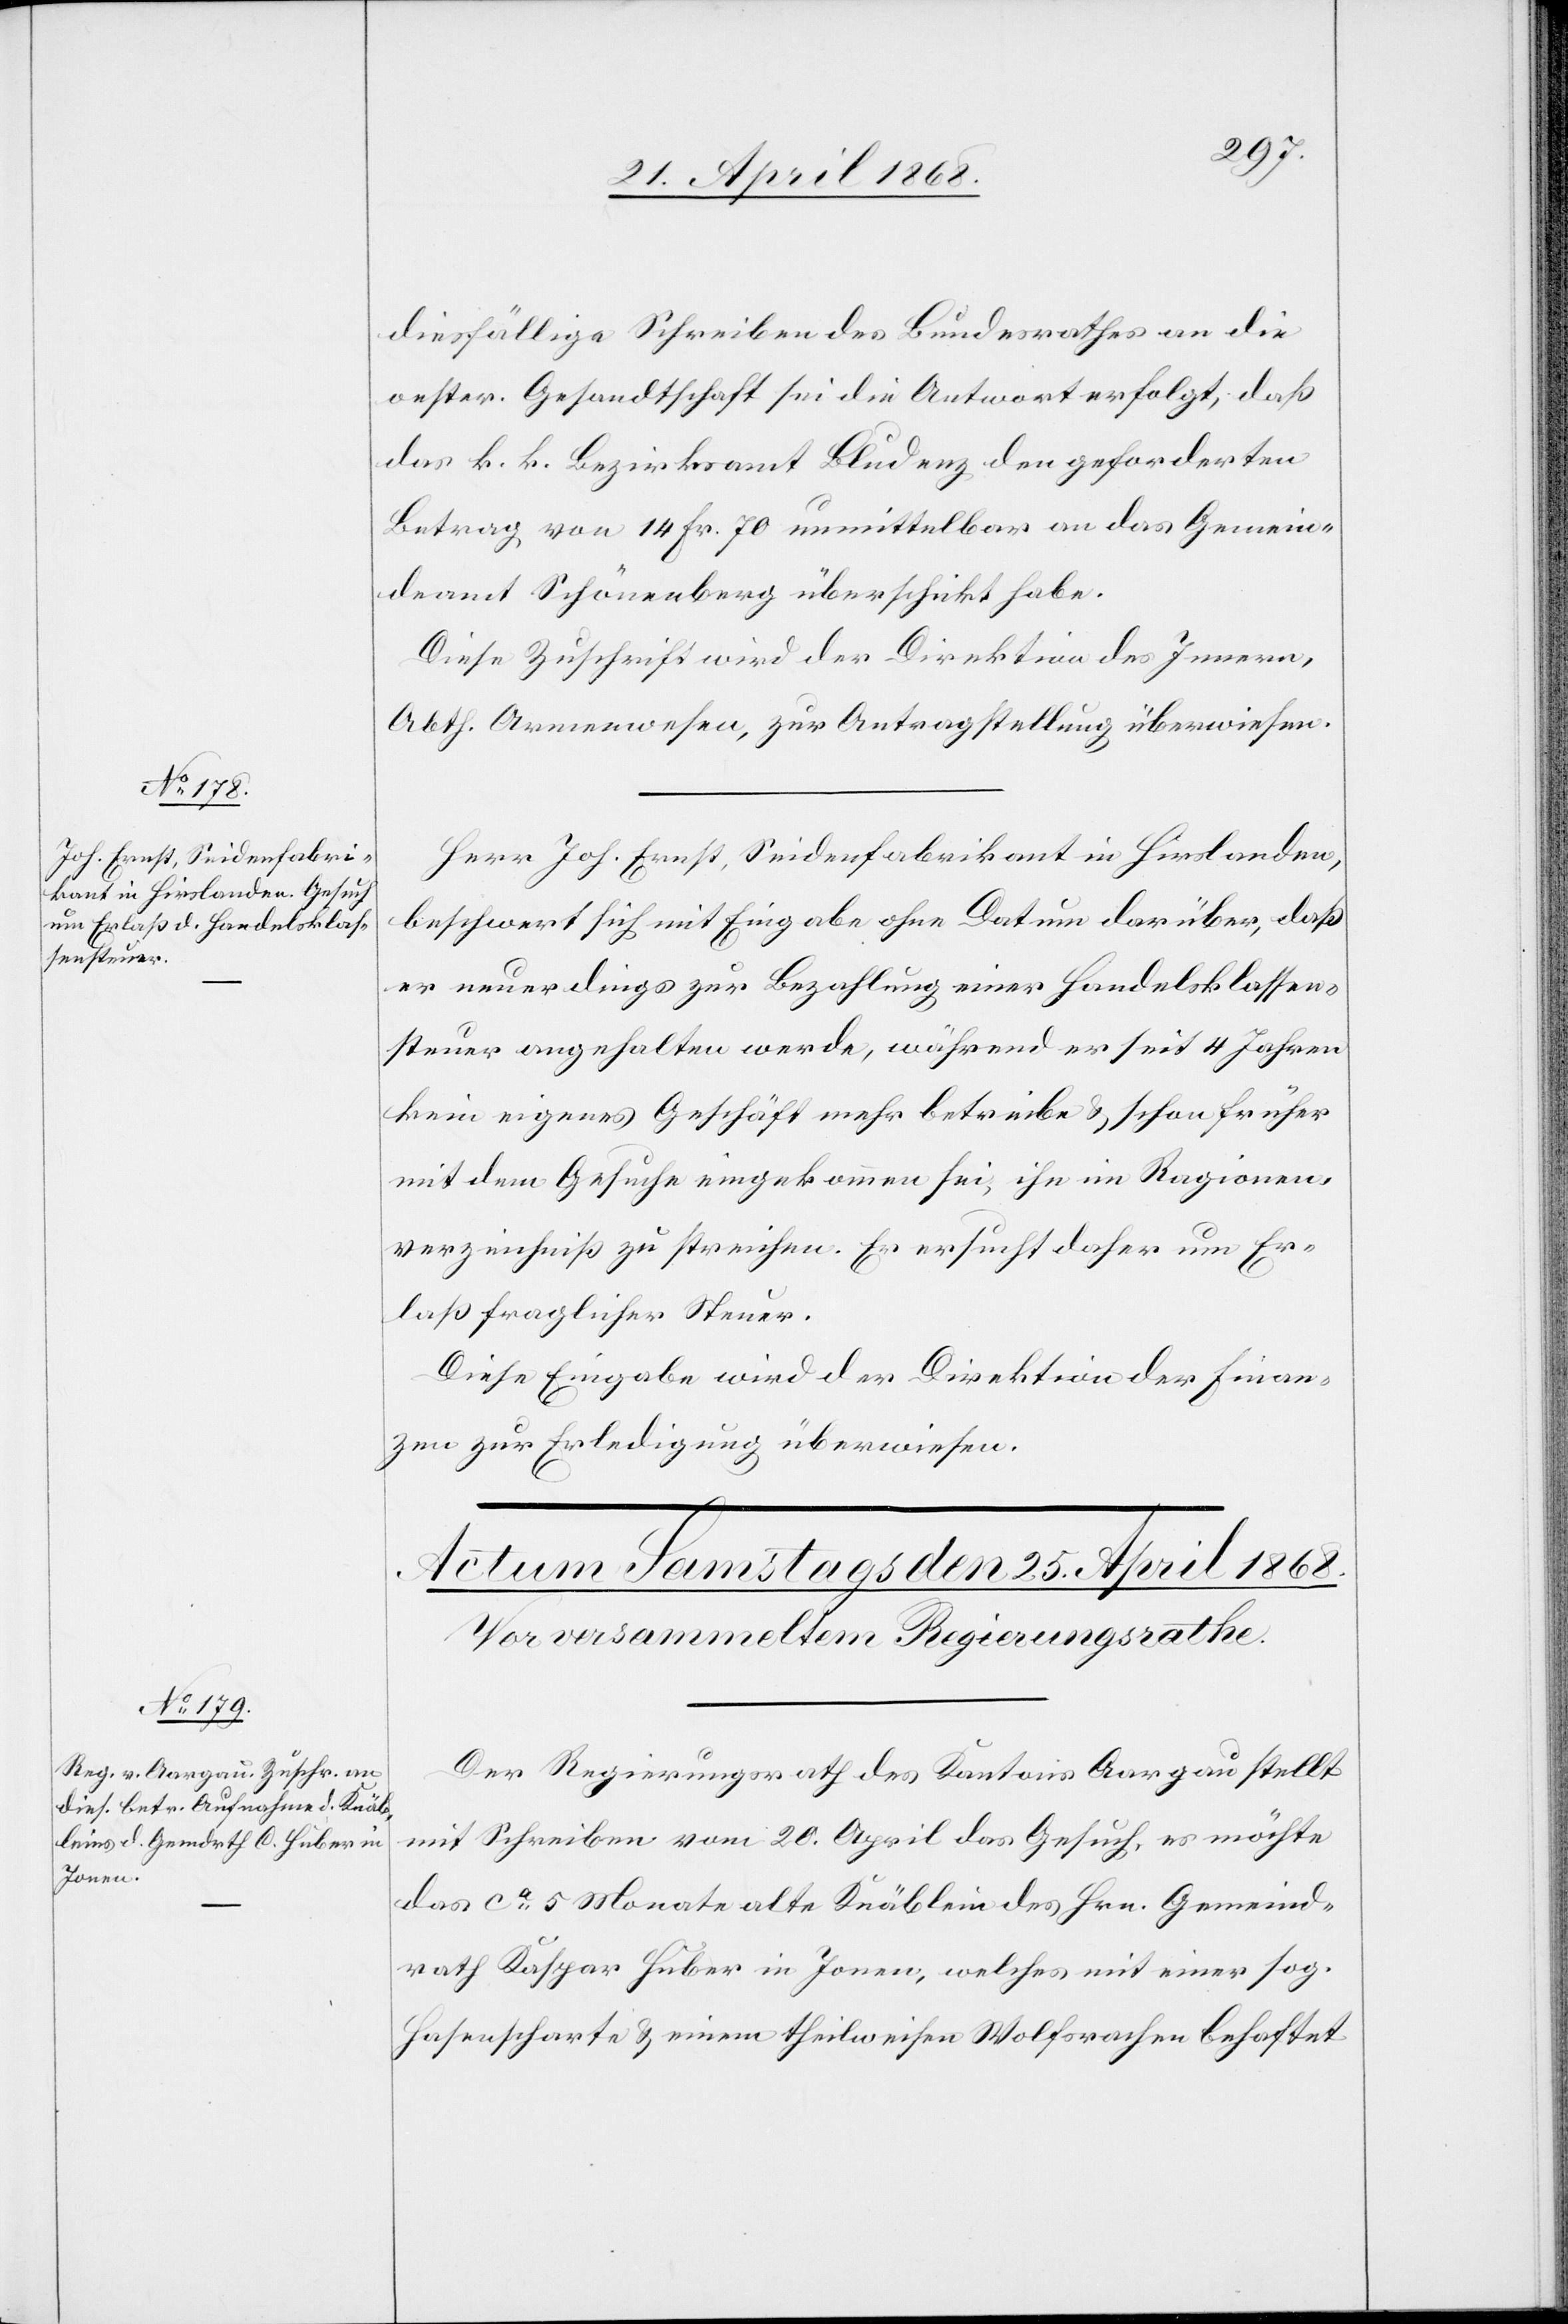
24. April 1868.]
diesfällige Schreiben des Bundesrathes an die
oester. Gesandtschaft sei die Antwort erfolgt, daß
das k. k. Bezirksamt Bludenz den geforderten
Betrag von 14 Fr. 70 unmittelbar an das Gemein¬
deamt Schönenberg überschickt habe.
Diese Zuschrift wird der Direktion des Innern,
Abth. Armenwesen, zur Antragstellung überwiesen.
Herr Joh. Ernst, Seidenfabrikant in Hirslanden,
beschwert sich mit Eingabe ohne Datum darüber, daß
er neuerdings zur Bezahlung einer Handelsklassen¬
steuer angehalten werde, während er seit 4 Jahren
kein eigenes Geschäft mehr betreibe & schon früher
mit dem Gesuche eingekommen sei, ihn im Ragionen¬
verzeichniß zu streichen. Er ersucht daher um Er¬
laß fraglicher Steuer.
Diese Eingabe wird der Direktion der Finan¬
zen zur Erledigung überwiesen.
Der Regierungsrath des Kantons Aargau stellt
mit Schreiben vom 20. April das Gesuch, es möchte
das ca. 5 Monate alte Knäblein des Hrn. Gemeind¬
rath Kaspar Huber in Jonen, welches mit einer sog.
Hasenscharte & einem theilweisen Wolfsrachen behaftet